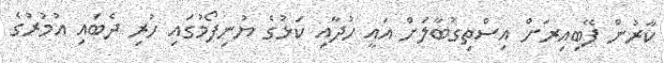
ކާރުން ފޭބިއިރަށް އިސްތިގުބާލަށް އައީ ހުދާއި ކަޅުގެ ޔުނިފޯމުގައި ހުރި ދެބައި އުމުރުގެ